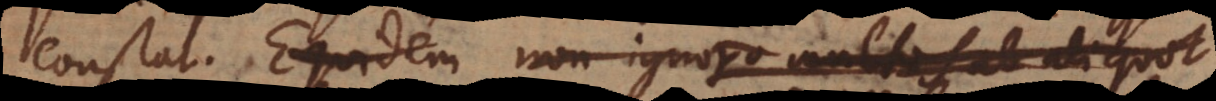
constat. Equidem non ignoro multos al aliquot